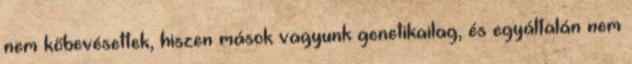
nem kőbevésettek, hiszen mások vagyunk genetikailag, és egyáltalán nem